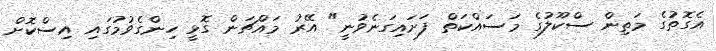
އެގޮތުގެ މަތިން ސްކޫލުގެ މަސައްކަތް ފަށައިގަނެވުނީ" އޭރު މައްޗަން ގޮޅީ ހިންގެވުމުގައި އިސްކޮށް